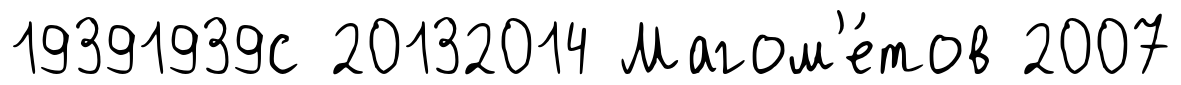
19391939с 20132014 Магом'е́тов 2007